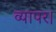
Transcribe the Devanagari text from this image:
व्यापर।